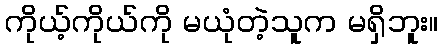
ကိုယ့်ကိုယ်ကို မယုံတဲ့သူက မရှိဘူး။